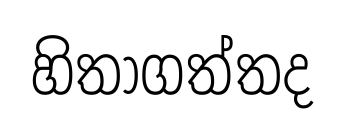
හිතාගත්තද